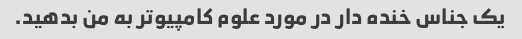
یک جناس خنده دار در مورد علوم کامپیوتر به من بدهید.